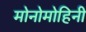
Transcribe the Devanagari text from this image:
मोनोमोहिनी